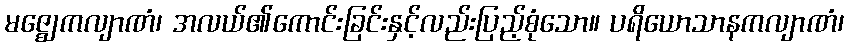
မဇ္ဈေကလျာဏံ၊ အလယ်၏ကောင်းခြင်းနှင့်လည်းပြည့်စုံသော။ ပရိယောသာနကလျာဏံ၊